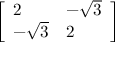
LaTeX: \left[ { \begin{array} { l l } { 2 } & { - { \sqrt { 3 } } } \\ { - { \sqrt { 3 } } } & { 2 } \end{array} } \right]